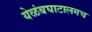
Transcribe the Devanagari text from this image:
येळंबघाटालगच